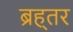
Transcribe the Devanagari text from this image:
ब्रह्तर